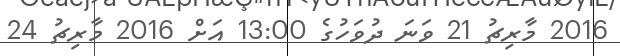
2016 މާރިޗު 21 ވަނަ ދުވަހުގެ 13:00 އަށް 2016 މާރިޗު 24